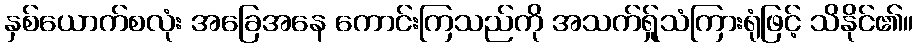
နှစ်ယောက်စလုံး အခြေအနေ ကောင်းကြသည်ကို အသက်ရ်ှုသံကြားရုံဖြင့် သိနိုင်၏။